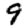
Digit: 9